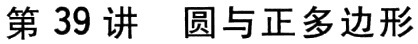
第39讲 圆与正多边形